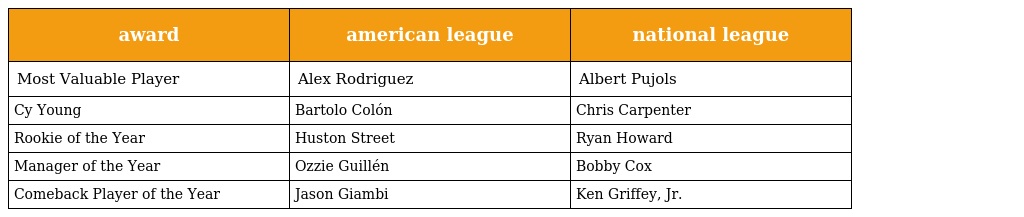
| award | american league | national league |
 | --- | --- | --- |
 | Most Valuable Player | Alex Rodriguez | Albert Pujols |
 | Cy Young | Bartolo Colón | Chris Carpenter |
 | Rookie of the Year | Huston Street | Ryan Howard |
 | Manager of the Year | Ozzie Guillén | Bobby Cox |
 | Comeback Player of the Year | Jason Giambi | Ken Griffey, Jr. |